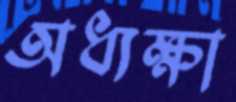
অধ্যক্ষা